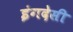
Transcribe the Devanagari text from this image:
इंगदेसी